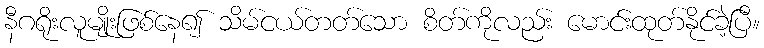
နီဂရိုးလူမျိုးဖြစ်နေ၍ သိမ်ငယ်တတ်သော စိတ်ကိုလည်း မောင်းထုတ်နိုင်ခဲ့ပြီ။